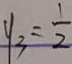
y _ { 3 } = \frac { 1 } { 2 }